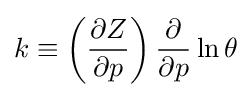
k\equiv \left({\frac {\partial Z}{\partial p}}\right){\frac {\partial }{\partial p}}\ln \theta